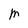
Character: M